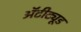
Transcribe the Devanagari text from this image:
अॅटीट्यूड